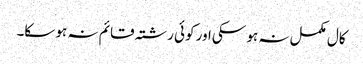
کال مکمل نہ ہو سکی اور کوئی رشتہ قائم نہ ہو سکا۔